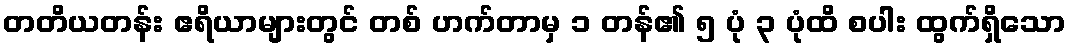
တတိယတန်း ဧရိယာများတွင် တစ် ဟက်တာမှ ၁ တန်၏ ၅ ပုံ ၃ ပုံထိ စပါး ထွက်ရှိသော